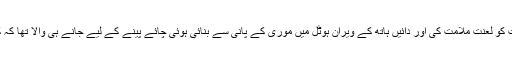
اس نے دل ہی دل میں اپنے دوست کو لعنت ملامت کی اور دائیں ہاتھ کے ویران ہوٹل میں موری کے پانی سے بنائی ہوئی چائے پینے کے لیے جانے ہی والا تھا کہ کسی نے اس کو ہولے سے پکارا۔